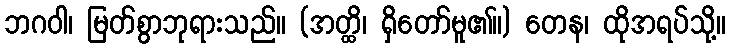
ဘဂဝါ၊ မြတ်စွာဘုရားသည်။ (အတ္ထိ၊ ရှိတော်မူ၏။) တေန၊ ထိုအရပ်သို့။